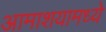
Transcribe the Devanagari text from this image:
आमाशयामध्ये